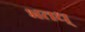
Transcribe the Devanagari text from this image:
भतध्